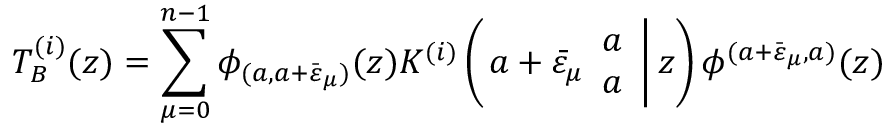
T _ { B } ^ { ( i ) } ( z ) = \displaystyle \sum _ { \mu = 0 } ^ { n - 1 } \phi _ { ( a , a + \bar { \varepsilon } _ { \mu } ) } ( z ) K ^ { ( i ) } \left( \left. a + \bar { \varepsilon } _ { \mu } \begin{array} { c } { { a } } \\ { { a } } \end{array} \right| z \right) \phi ^ { ( a + \bar { \varepsilon } _ { \mu } , a ) } ( z )